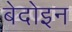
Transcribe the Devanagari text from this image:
बेदोइन